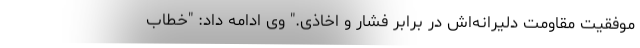
موفقیت مقاومت دلیرانه‌اش در برابر فشار و اخاذی." وی ادامه داد: "خطاب